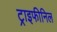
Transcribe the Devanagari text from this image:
ट्राइफीनिल